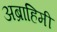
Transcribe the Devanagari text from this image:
अब्राहिमी